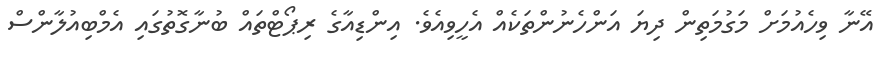
އޭނާ ވިހެއުމަށް މަގުމަތިން ދިޔަ އަންހެނުންތަކެއް އެހީވިއެވެ. އިންޑިއާގެ ރިޕޯޓްތައް ބުނާގޮތުގައި އެމްބިއުލާންސް